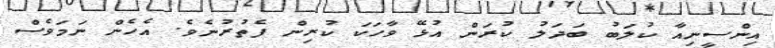
އިންސީނިއާ ކުލަބު ބަދަލު ކުރަން އުޅޭ ވާހަކަ ކުރިން ފެތުރުނެވެ. އެހެން ނަމަވެސް